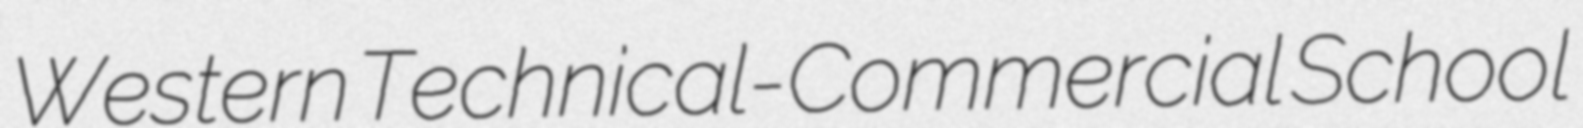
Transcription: Western Technical-Commercial School